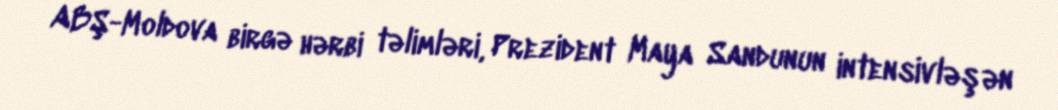
ABŞ-Moldova birgə hərbi təlimləri, Prezident Maya Sandunun intensivləşən